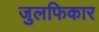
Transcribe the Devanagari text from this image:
जुलफिकार